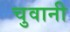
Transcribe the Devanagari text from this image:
चुवानी